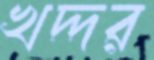
খদ্দর